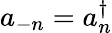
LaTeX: a_{-n}=a_{n}^{\dagger}